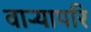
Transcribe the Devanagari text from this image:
वाऱ्यापरि